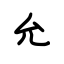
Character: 允